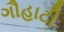
ગૌહાટી